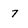
Character: 7